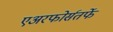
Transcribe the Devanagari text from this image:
एअरफोर्सतर्फे